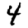
Digit: 4